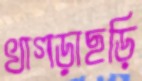
খাগড়াছড়ি